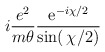
\begin{align*}i \frac{e^2}{m \theta} \frac{ {\rm e}^{-i\chi/2}}{\sin(\,\chi/2)}\end{align*}